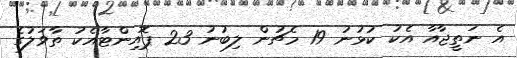
އެ ނަތީޖާއާ އެކު ކުޅުނު 19 މެޗުން ލިބުނު 23 ޕޮއިންޓާއެކު ތާވަލުގެ